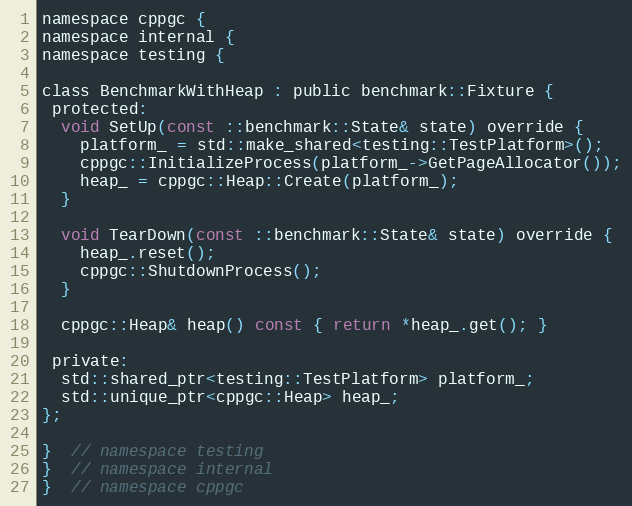
Language: C
namespace cppgc {
namespace internal {
namespace testing {

class BenchmarkWithHeap : public benchmark::Fixture {
 protected:
  void SetUp(const ::benchmark::State& state) override {
    platform_ = std::make_shared<testing::TestPlatform>();
    cppgc::InitializeProcess(platform_->GetPageAllocator());
    heap_ = cppgc::Heap::Create(platform_);
  }

  void TearDown(const ::benchmark::State& state) override {
    heap_.reset();
    cppgc::ShutdownProcess();
  }

  cppgc::Heap& heap() const { return *heap_.get(); }

 private:
  std::shared_ptr<testing::TestPlatform> platform_;
  std::unique_ptr<cppgc::Heap> heap_;
};

}  // namespace testing
}  // namespace internal
}  // namespace cppgc